Indian journal of veterinary science and animal husbandry - Volumes 22-23, 1952-1953
Year: 1952
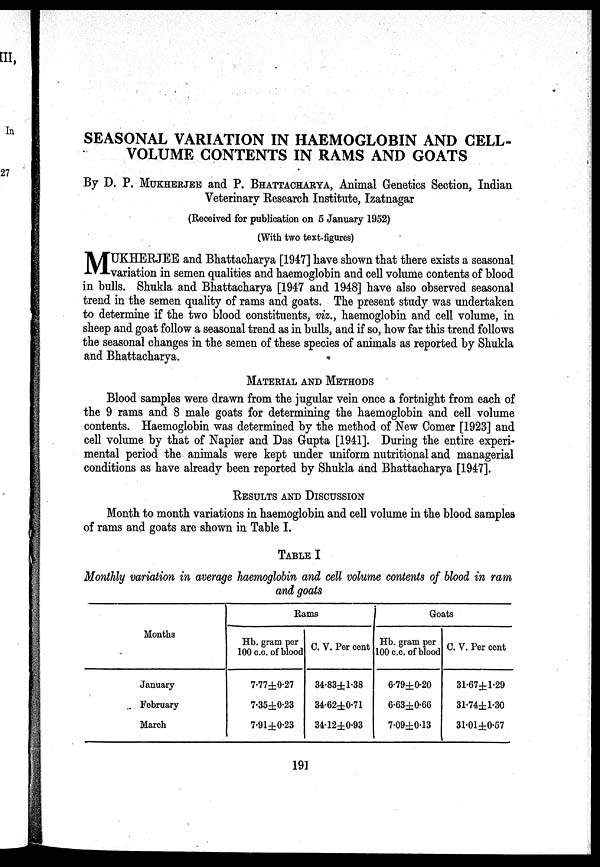
SEASONAL VARIATION IN HAEMOGLOBIN AND CELL.
VOLUME CONTENTS IN RAMS AND GOATS
By D. P. MUKHERJEE and P. BHATTACHARYA, Animal Genetics Section, Indian
Veterinary Research Institute, Izatnagar
(Received for publication on 5 January 1952)
(With two text.figures)
M UKHERJEE and Bhattacharya [1947] have shown that there exists a seasonal
variation in semen qualities and haemoglobin and cell volume contents of blood
in bulls. Shukla and Bhattacharya [1947 and 1948] have also observed seasonal
trend in the semen quality of rams and goats. The present study was undertaken
to determine if the two blood constituents, viz., haemoglobin and cell volume, in
sheep and goat follow a seasonal trend as in bulls, and if so, how far this trend follows
the seasonal changes in the semen of these species of animals as reported by Shukla
and Bhattacharya.
MATERIAL AND METHODS
Blood samples were drawn from the jugular vein once a fortnight from each of
the 9 rams and 8 male goats for determining the haemoglobin and cell volume
contents. Haemoglobin was determined by the method of New Comer [1923] and
cell volume by that of Napier and Das Gupta [1941]. During the entire experi-
mental period the animals were kept under uniform nutritional and managerial
conditions as have already been reported by Shukla and Bhattacharya [1947].
RESULTS AND DISCUSSION
Month to month variations in haemoglobin and cell volume in the blood samples
of rams and goats are shown in Table I.
TABLE I
Monthly variation in average haemoglobin and cell volume contents of blood in ram
and goats
Months
January
February
March
Bams
Hb. gram per
100 c.c. of blood
7.77±0.27
7.35±0.23
7.91±0.23
C. V. Per cent
34.83±1.38
34.62±0.71
34.12±0.93
Goats
Hb. gram per
100 c.c. of blood
6.79±0.20
6.63±0.66
7.09±0.13
C. V. Per cent
31.67±l.29
31.74±l.30
31.01±0.57
191